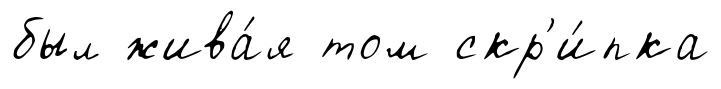
был жива́я том скр'и́пка